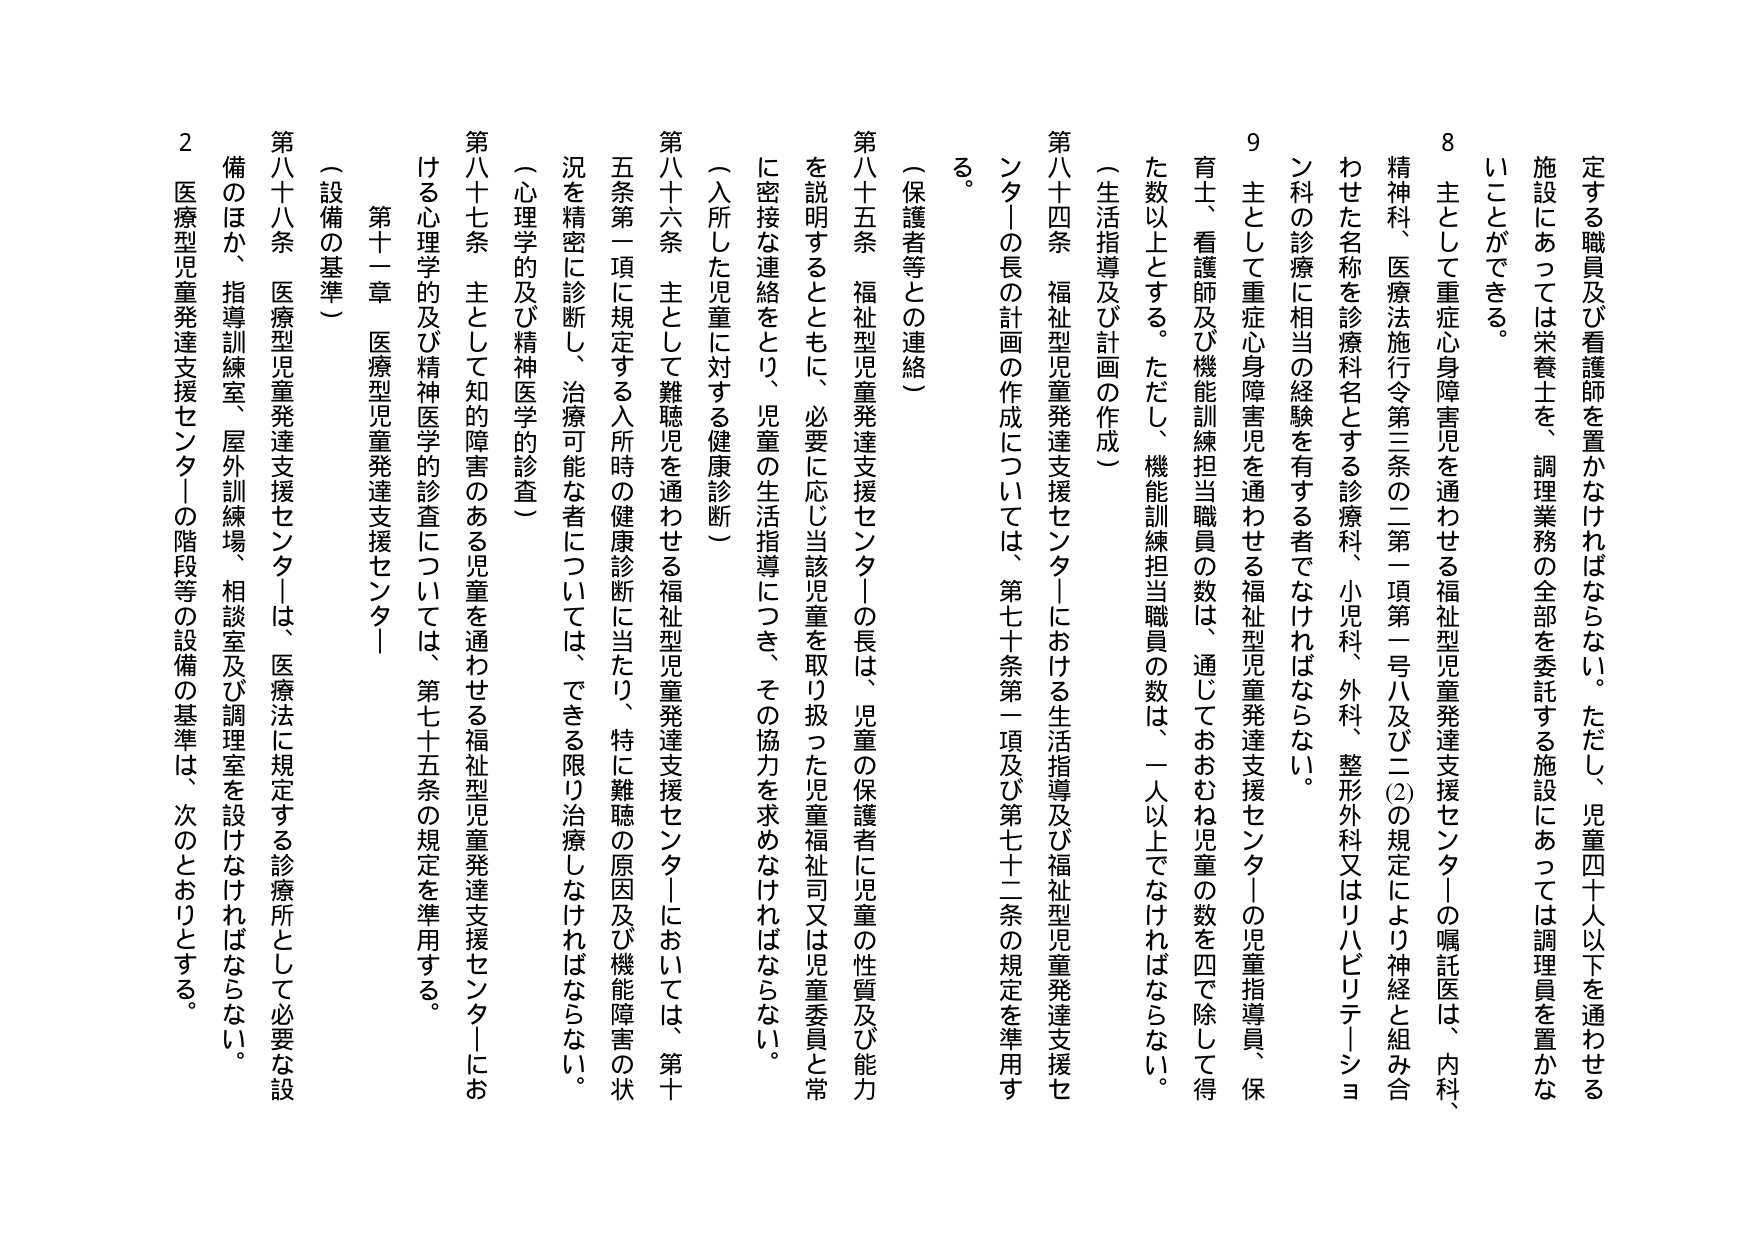
定する職員及び看護師を置かなければならない。ただし、児童四十人以下を通わせる施設にあっては栄養士を、調理業務の全部を委託する施設にあっては調理員を置かなければならない。

8 主として重症心身障害児を通わせる福祉型児童発達支援センターの嘱託医は、内科、精神科、医療法施行令第三条の二第一項第一号ハ及びニ(2)の規定により神経と組み合わせた名称を診療科名とする診療科、小児科、外科、整形外科又はリハビリテーション科の診療に相当の経験を有する者でなければならない。

9 主として重症心身障害児を通わせる福祉型児童発達支援センターの児童指導員、保育士、看護師及び機能訓練担当職員の数は、通じておおむね児童の数を四で除して得た数以上とする。ただし、機能訓練担当職員の数は、一人以上でなければならない。

（生活指導及び計画の作成）

第八十四条 福祉型児童発達支援センターにおける生活指導及び福祉型児童発達支援センターの長の計画の作成については、第七十条第一項及び第七十二条の規定を準用する。

（保護者等との連絡）

第八十五条 福祉型児童発達支援センターの長は、児童の保護者に児童の性質及び能力を説明するとともに、必要に応じ当該児童を取り扱った児童福祉司又は児童委員と常に密接な連絡をとり、児童の生活指導につき、その協力を求めなければならない。

（入所した児童に対する健康診断）

第八十六条 主として難聴児を通わせる福祉型児童発達支援センターにおいては、第十五条第一項に規定する入所時の健康診断に当たり、特に難聴の原因及び機能障害の状況を精密に診断し、治療可能な者については、できる限り治療しなければならない。

（心理学的及び精神医学的診査）

第八十七条 主として知的障害のある児童を通わせる福祉型児童発達支援センターにおける心理学的及び精神医学的診査については、第七十五条の規定を準用する。

第十一章 医療型児童発達支援センター

（設備の基準）

第八十八条 医療型児童発達支援センターは、医療法に規定する診療所として必要な設備のほか、指導訓練室、屋外訓練場、相談室及び調理室を設けなければならない。

2 医療型児童発達支援センターの階段等の設備の基準は、次のとおりとする。